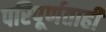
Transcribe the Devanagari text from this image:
परिपूर्णताही